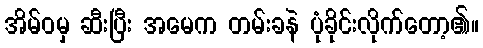
အိမ်ဝမှ ဆီးပြီး အမေက တမ်းခနဲ ပုံခိုင်းလိုက်တော့၏။